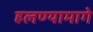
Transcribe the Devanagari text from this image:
हलण्यामागे